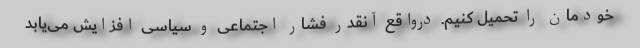
خودمان را تحمیل کنیم. درواقع آنقدر فشار اجتماعی و سیاسی افزایش می‌یابد